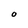
Character: O